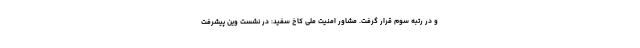
و در رتبه سوم قرار گرفت. مشاور امنیت ملی کاخ سفید: در نشست وین پیشرفت